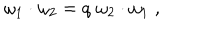
LaTeX: \omega _ { 1 } \cdot \omega _ { 2 } = q \; \omega _ { 2 } \cdot \omega _ { 1 } \; ,